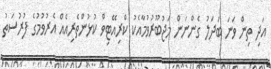
އަދި ތިން ވަނަ ބަދަލު ގެންނަން މަޖުބޫރުވުމާއެކު ކްރިއޭޓިވް ކުޅުންތެރިއެއް އެރުވުމުގެ ފުރުސަތު